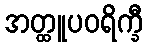
အတ္ထူပဝရိက္ခီ